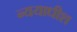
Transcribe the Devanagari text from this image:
न्ययाधीश